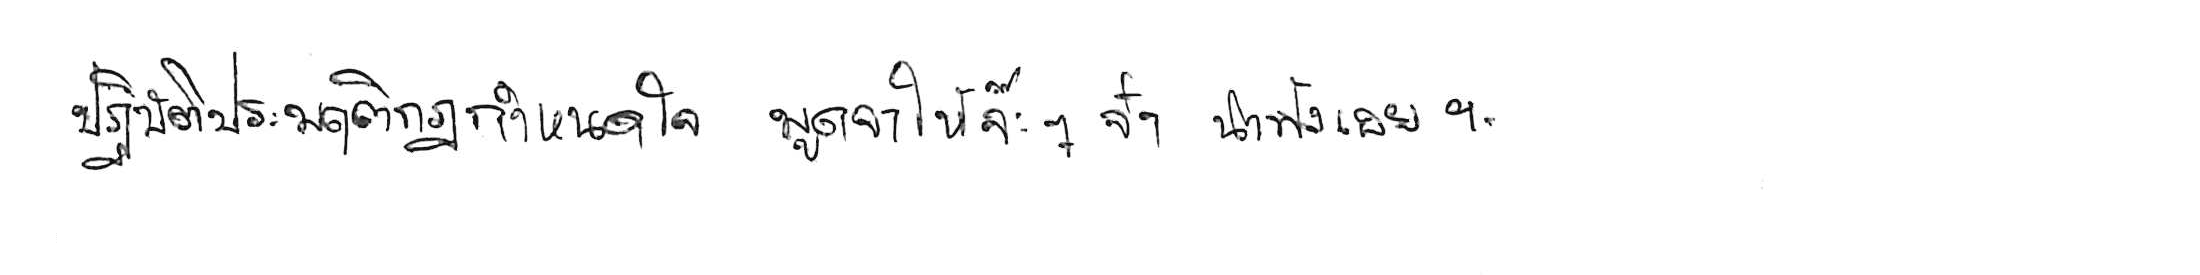
ปฏิบัติประพฤติกฎกำหนดใจ พูดจาให้จ๊ะๆ จ๋า น่าฟังเอยฯ